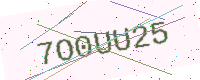
Text: 7O0UU25